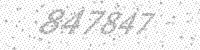
Solution: 847847